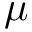
\mu